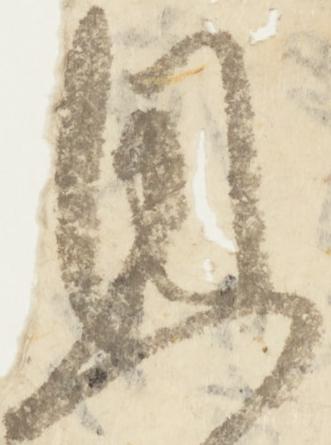
恩